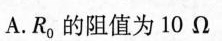
A.R^{0}的阻值为10Ω